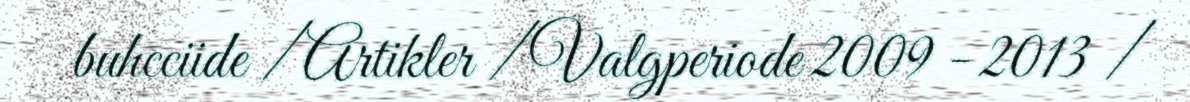
buhcciide / Artikler / Valgperiode 2009 - 2013 /